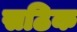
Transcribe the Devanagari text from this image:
सठिक